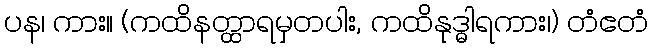
ပန၊ ကား။ (ကထိနတ္ထာရမှတပါး, ကထိနုဒ္ဓါရကား၊) တံဧတံ